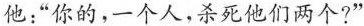
他:“你的，一个人,杀死他们两个?”